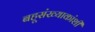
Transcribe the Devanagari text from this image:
बहूसंख्याकांशी